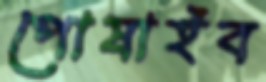
পোষাইব